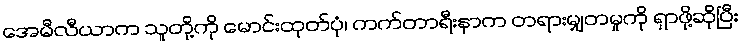
အေမီလီယာက သူတို့ကို မောင်းထုတ်ပုံ၊ ကက်တာရီးနာက တရားမျှတမှုကို ရှာဖို့ဆိုပြီး